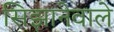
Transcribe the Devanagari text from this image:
सिझानेवाले